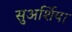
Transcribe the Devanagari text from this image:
सुअर्शिया